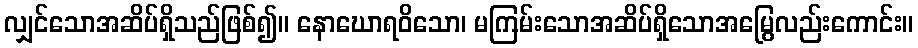
လျှင်သောအဆိပ်ရှိသည်ဖြစ်၍။ နောဃောရဝိသော၊ မကြမ်းသောအဆိပ်ရှိသောအမြွေလည်းကောင်း။